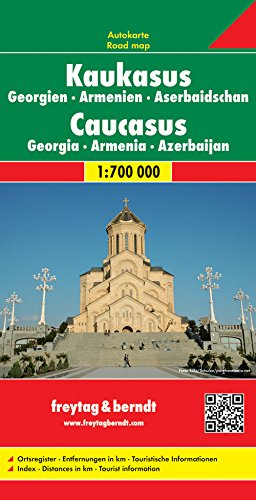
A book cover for Caucasus/Armenia/Azerbaijan/Georgia; Freytag-Berndt und Artaria; Travel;